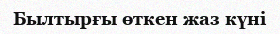
Былтырғы өткен жаз күні